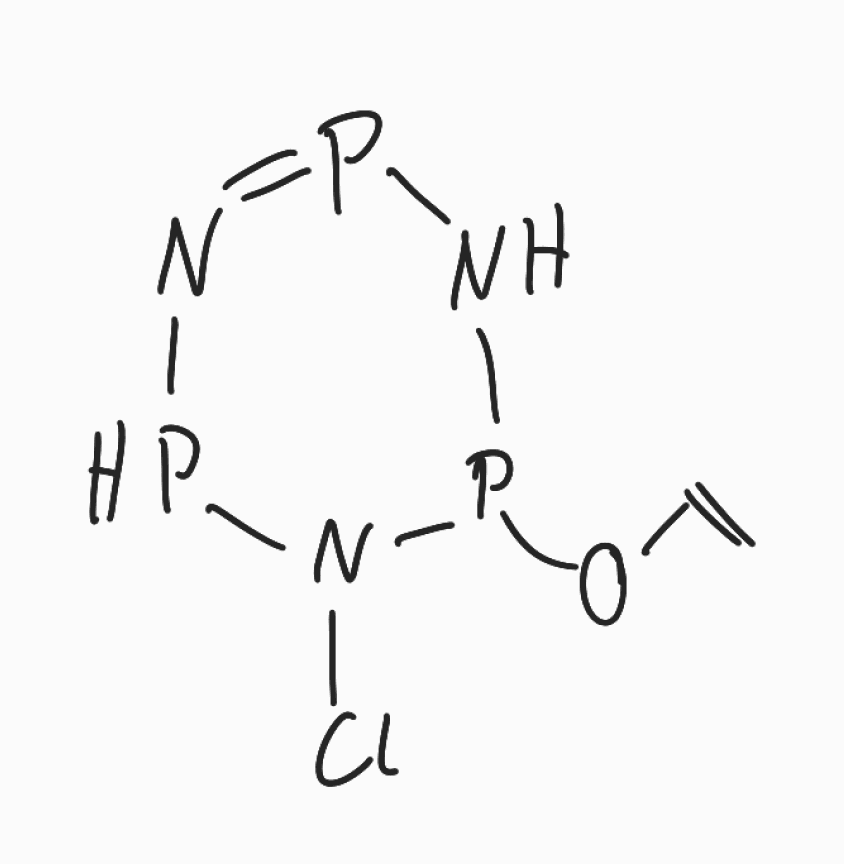
Simplified molecular-input line-entry system (SMILES) notation of the given molecule:
C=COP1NP=NPN1Cl